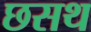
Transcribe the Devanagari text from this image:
छसथ